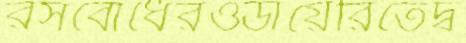
রসবোধেরওডায়েরিতেদ্ব